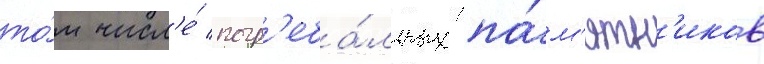
то́м числ'е́ погр'еба́льных па́м'ятн'иков